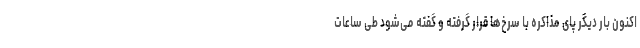
اکنون بار دیگر‌ پای مذاکره با سرخ‌ها قرار گرفته و گفته می‌شود طی ساعات